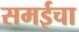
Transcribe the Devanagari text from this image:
समईचा